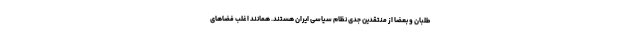
طلبان و بعضا از منتقدین جدی نظام سیاسی ایران هستند. همانند اغلب فضاهای